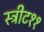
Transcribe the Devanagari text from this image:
स्ट्रीट११